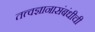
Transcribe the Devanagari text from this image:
तत्त्वज्ञानासंबंधीची